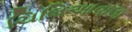
ચિલિઆવાલા